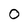
Character: 0